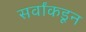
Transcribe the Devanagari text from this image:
सर्वांकडून